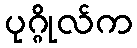
ပုဂ္ဂိုလ်က